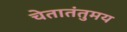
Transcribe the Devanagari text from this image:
चेतातंतुमय